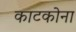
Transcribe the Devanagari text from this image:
काटकोना